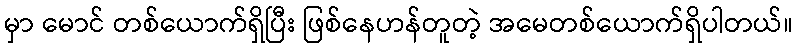
မှာ မောင် တစ်ယောက်ရှိပြီး ဖြစ်နေဟန်တူတဲ့ အမေတစ်ယောက်ရှိပါတယ်။